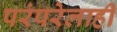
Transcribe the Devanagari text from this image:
परंपरेलाही